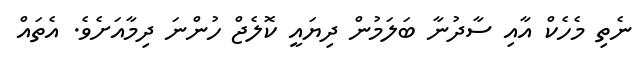
ނެތި މެހެކް އާއި ސާދުނާ ބަލަމުން ދިޔައީ ކޮލެޖް ހުންނަ ދިމާއަށެވެ. އެތައް